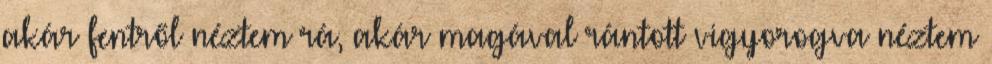
akár fentről néztem rá, akár magával rántott vigyorogva néztem